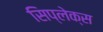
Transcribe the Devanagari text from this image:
सिप्लेक्स